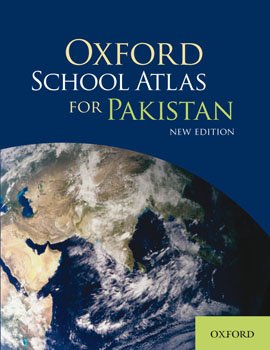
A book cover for Oxford School Atlas For Pakistan / New 2010 Edition / Most up-to-date statistics on PAKISTAN and the World / FULL Colour 112 pages / Endorsed By University of Cambridge International Examinations / High quality print; Editorial Advisor: Dr Fazle Karim Khan; Travel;